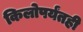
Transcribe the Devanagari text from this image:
किलोपर्यंतही